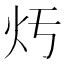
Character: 𤆏